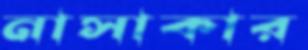
নাসাকার